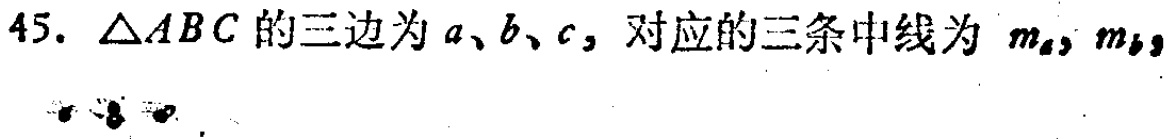
45. $\triangle ABC$的三边为$a、b、c$，对应的三条中线为$m_a,m_b,$